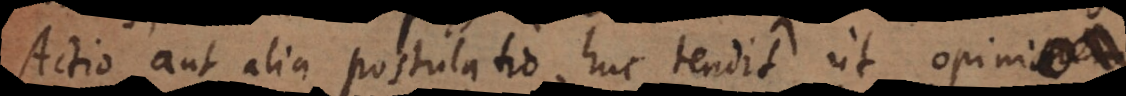
Actio aut alia postulatio huc tendit ut opinion